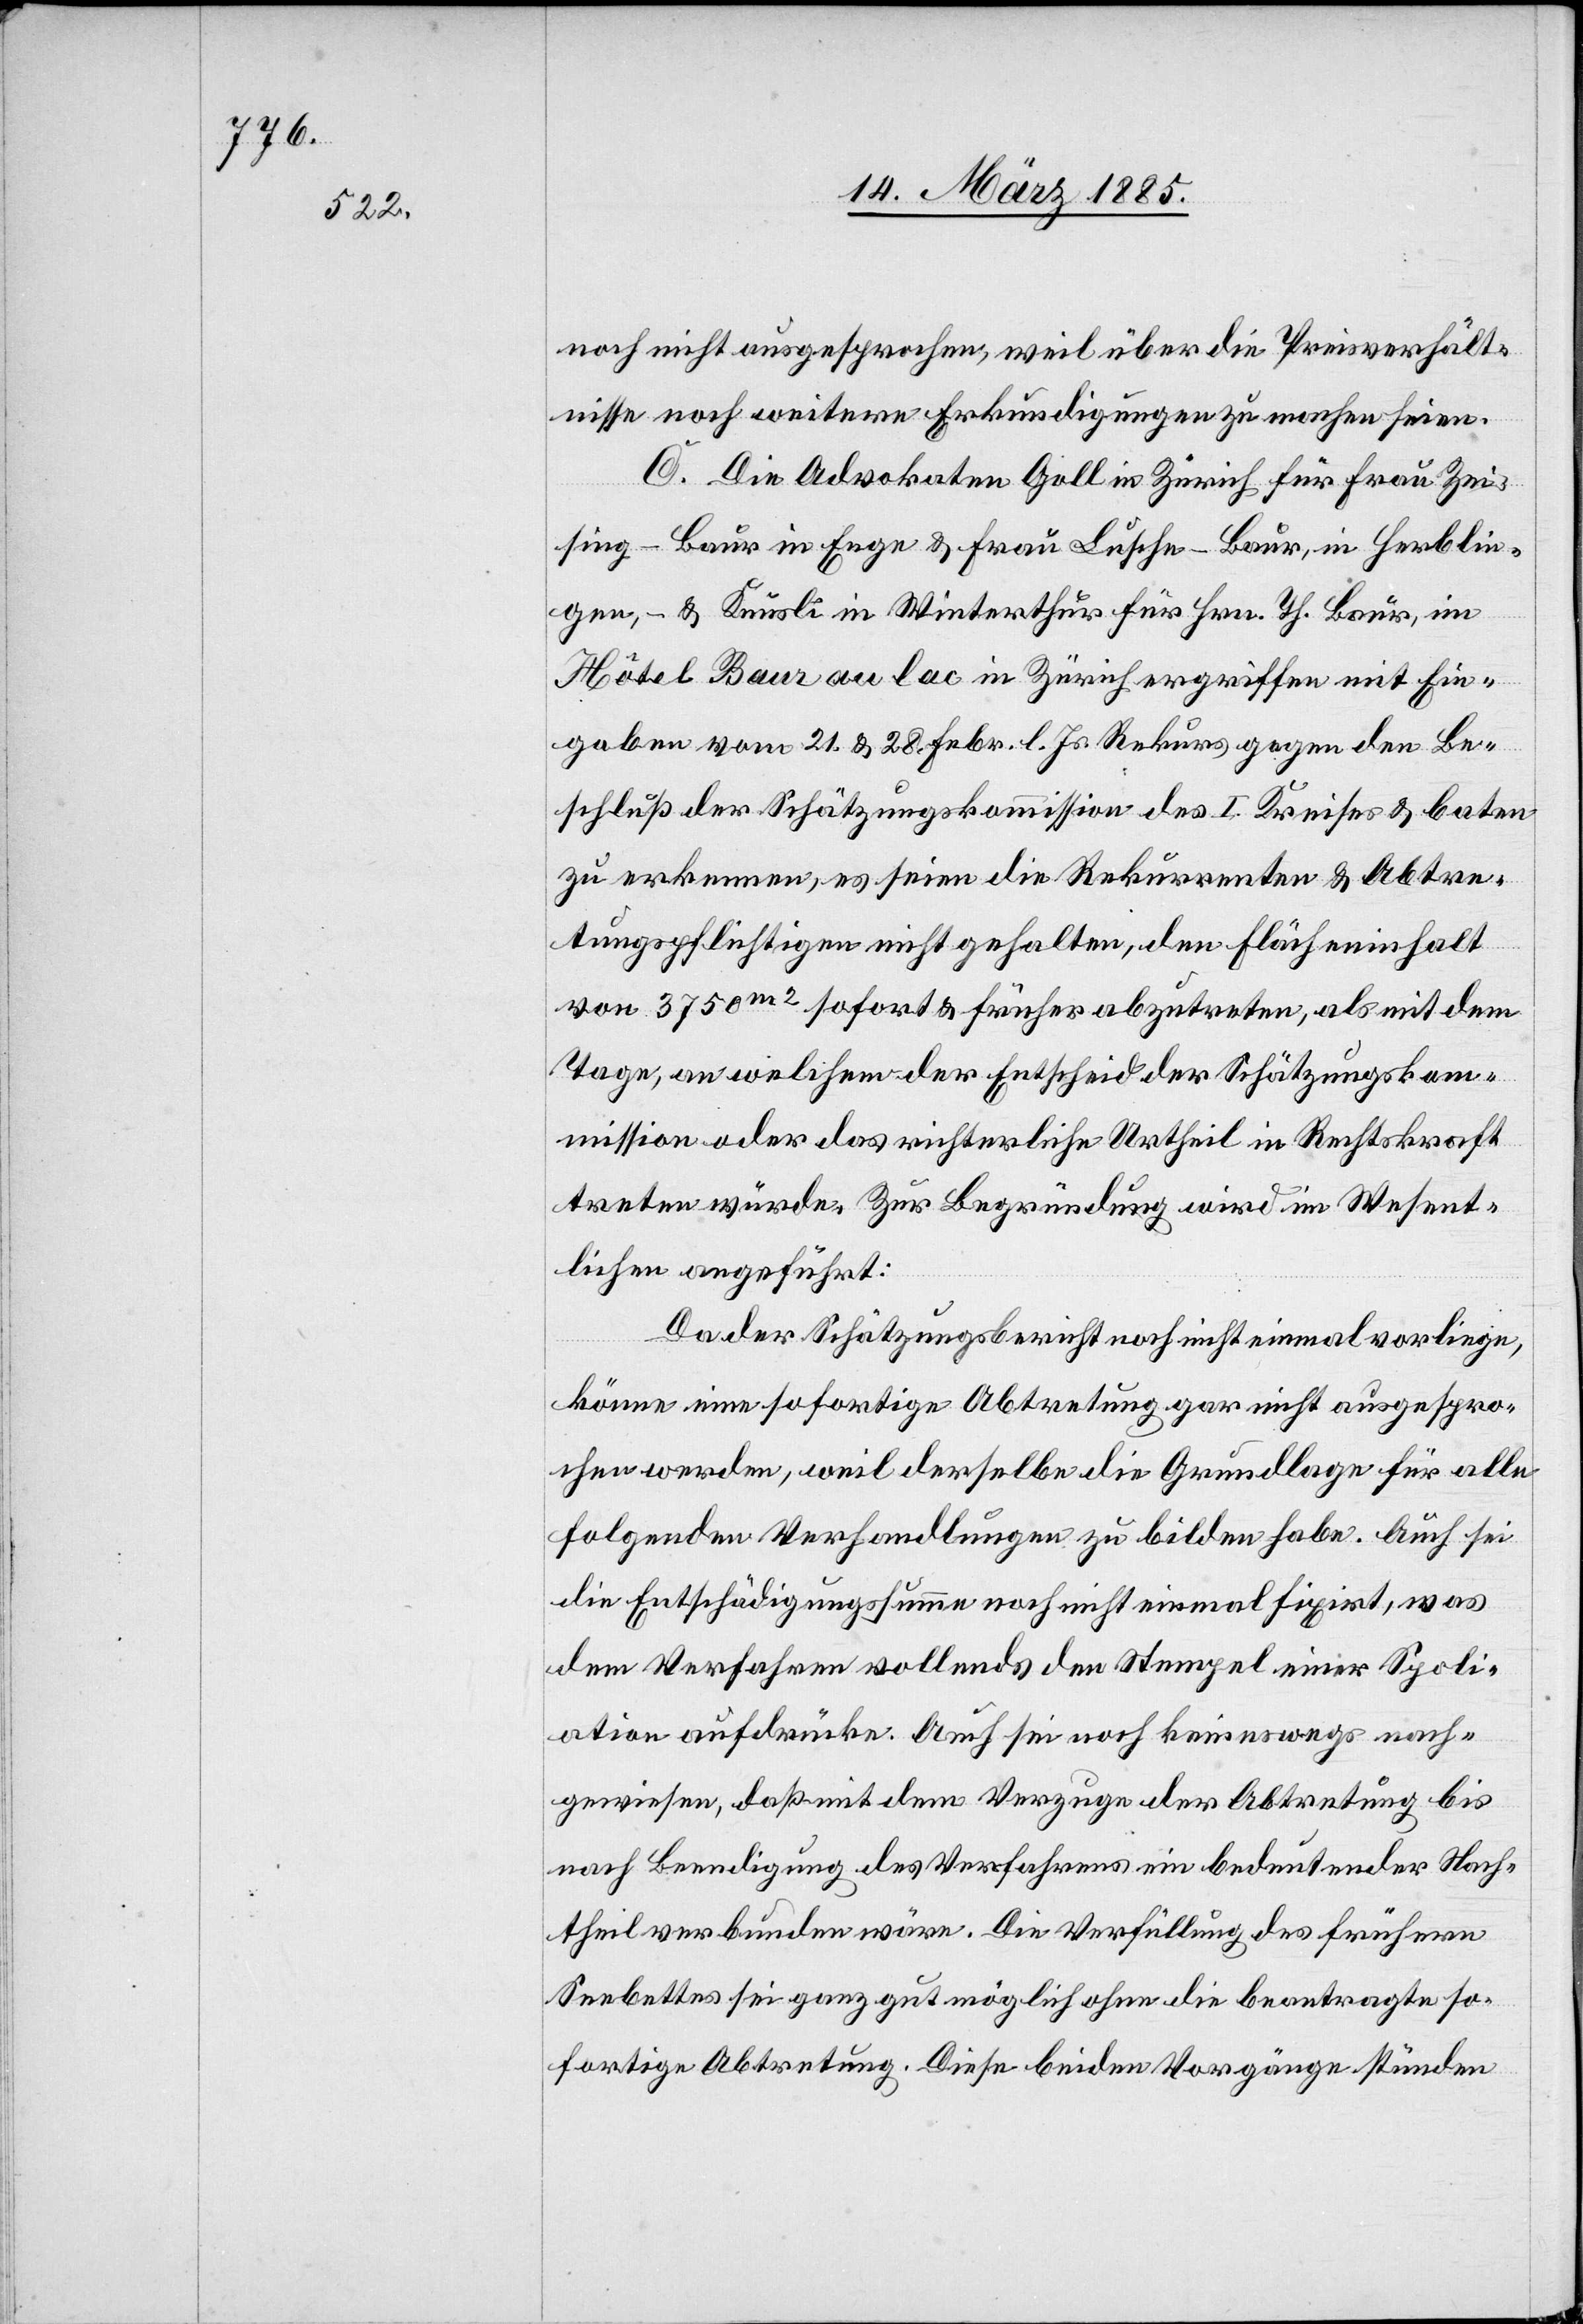
noch nicht ausgesprochen, weil über die Preisverhält¬
nisse noch weitere Erkundigungen zu machen seien.
C. Die Advokaten Goll in Zürich für Frau Zei¬
sing-Baur in Enge & Frau Lusche-Baur, in Herblin¬
gen, & Knüsli in Winterthur für Hrn. Th. Baur, im
Hotel Baur au lac in Zürich ergriffen mit Ein¬
gaben vom 21. & 28. Febr. l. Js. Rekurs gegen den Be¬
schluß der Schätzungskommission des I. Kreises & baten
zu erkennen, es seien die Rekurrenten & Abtre¬
tungspflichtigen nicht gehalten, den Flächeninhalt
von 3750 m2 sofort & früher abzutreten, als mit dem
Tage, an welchem der Entscheid der Schätzungskom¬
mission oder das richterliche Urtheil in Rechtskraft
treten würde. Zur Begründung wird im Wesent¬
lichen angeführt:
Da der Schätzungsbericht noch nicht einmal vorliege,
könne eine sofortige Abtretung gar nicht ausgespro¬
chen werden, weil derselbe die Grundlage für alle
folgenden Verhandlungen zu bilden habe. Auch sei
die Entschädigungssumme noch nicht einmal fixirt, was
dem Verfahren vollends den Stempel einer Spoli¬
ation aufdrücke. Auch sei noch keineswegs nach¬
gewiesen, daß mit dem Verzuge der Abtretung bis
nach Beendigung des Verfahrens ein bedeutender Nach¬
theil verbunden wäre. Die Verfüllung des frühern
Seebettes sei ganz gut möglich ohne die beantragte so¬
fortige Abtretung. Diese beiden Vorgänge ständen